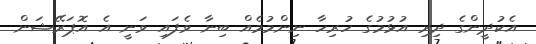
އެކުދީންގެ ދިރި އުޅުމުގެ ހުރިހާ ނިންމުމެއް ބިނާ ވެފައި ވަނީ އެ އޮޕަރޭޝަން